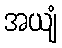
အယျံ